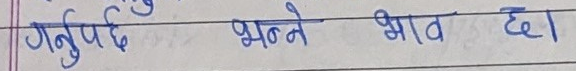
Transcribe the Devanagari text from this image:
गर्नुपर्दैछ भन्ने भाव छ।